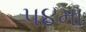
૫૪મા